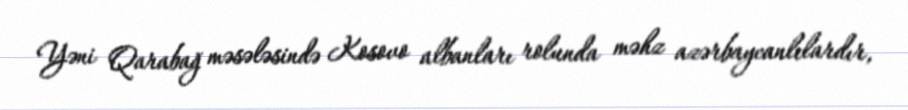
Yəni Qarabağ məsələsində Kosovo albanları rolunda məhz azərbaycanlılardır,